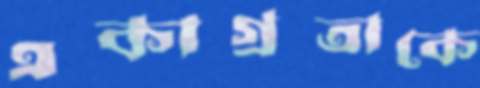
একাগ্রতাকে